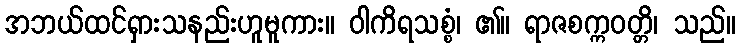
အဘယ်ထင်ရှားသနည်းဟူမူကား။ ဝါကိရသစ္စံ၊ ၏။ ရာဇစက္ကဝတ္တိ၊ သည်။